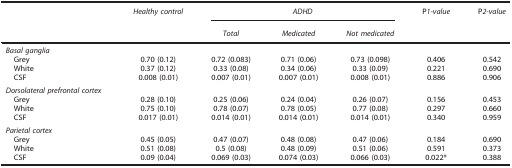
|  | Healthy control | <COLSPAN=3> ADHD | P1-value | P2-value |
 |  |  | Total | Medicated | Not medicated |  |  |
 | --- | --- | --- | --- | --- | --- | --- |
 | <COLSPAN=7> Basal ganglia |
 | Grey | 0.70 (0.12) | 0.72 (0.083) | 0.71 (0.06) | 0.73 (0.098) | 0.406 | 0.542 |
 | White | 0.37 (0.12) | 0.33 (0.08) | 0.34 (0.06) | 0.33 (0.09) | 0.221 | 0.690 |
 | CSF | 0.008 (0.01) | 0.007 (0.01) | 0.007 (0.01) | 0.008 (0.01) | 0.886 | 0.906 |
 | <COLSPAN=7> Dorsolateral prefrontal cortex |
 | Grey | 0.28 (0.10) | 0.25 (0.06) | 0.24 (0.04) | 0.26 (0.07) | 0.156 | 0.453 |
 | White | 0.75 (0.10) | 0.78 (0.07) | 0.78 (0.05) | 0.77 (0.08) | 0.297 | 0.660 |
 | CSF | 0.017 (0.01) | 0.014 (0.01) | 0.014 (0.01) | 0.014 (0.01) | 0.340 | 0.959 |
 | <COLSPAN=7> Parietal cortex |
 | Grey | 0.45 (0.05) | 0.47 (0.07) | 0.48 (0.08) | 0.47 (0.06) | 0.184 | 0.690 |
 | White | 0.51 (0.08) | 0.5 (0.08) | 0.48 (0.09) | 0.51 (0.06) | 0.591 | 0.373 |
 | CSF | 0.09 (0.04) | 0.069 (0.03) | 0.074 (0.03) | 0.066 (0.03) | 0.022* | 0.388 |